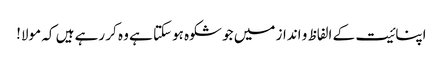
اپنائیت کے الفاظ و انداز میں جو شکوہ ہوسکتا ہے وہ کر رہے ہیں کہ مولا!